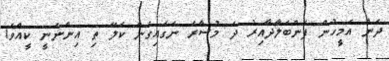
ދެން އެމީހުން ފެންބަލާދާއިރު ދެ މުސާރަ ނަގައިގެން ކަލޭ ތި އިންނަނީ ކީއްވެ!